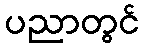
ပညာတွင်